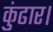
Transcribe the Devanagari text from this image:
कुंढार।